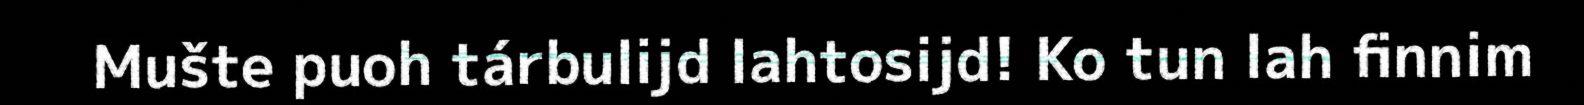
Mušte puoh tárbulijd lahtosijd! Ko tun lah finnim